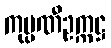
ကုမ္ပဏီဥက္ကဋ္ဌ